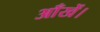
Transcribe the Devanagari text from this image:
आँखें।